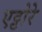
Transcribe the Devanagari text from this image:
एट्टोरे